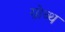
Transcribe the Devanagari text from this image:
ग्रोव्थ